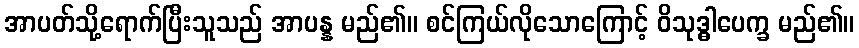
အာပတ်သို့ရောက်ပြီးသူသည် အာပန္န မည်၏။ စင်ကြယ်လိုသောကြောင့် ဝိသုဒ္ဓါပေက္ခ မည်၏။